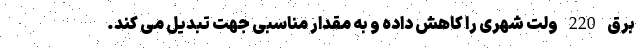
برق 220 ولت شهری را کاهش داده و به مقدار مناسبی جهت تبدیل می کند.